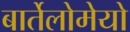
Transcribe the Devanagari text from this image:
बार्तेलोमेयो